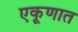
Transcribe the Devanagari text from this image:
एकूणात